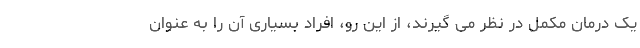
یک درمان مکمل در نظر می گیرند، از این رو، افراد بسیاری آن را به عنوان